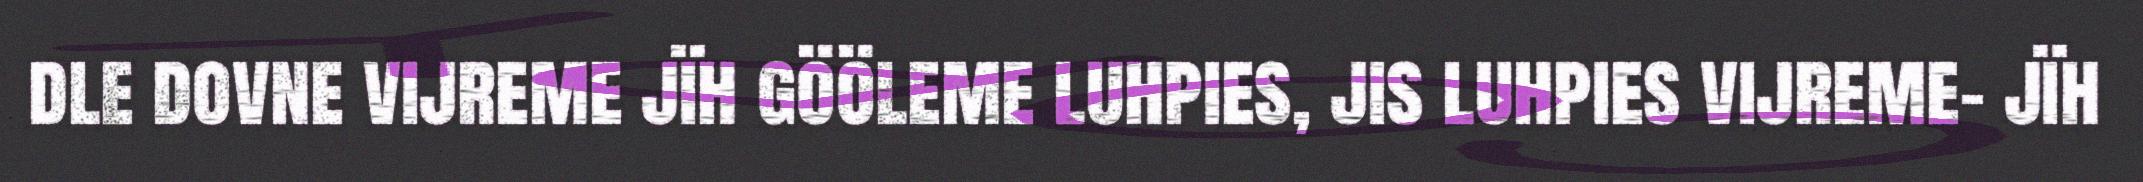
dle dovne vijreme jïh gööleme luhpies, jis luhpies vijreme- jïh